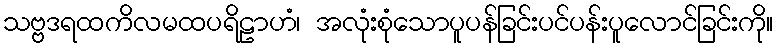
သဗ္ဗဒရထကိလမထပရိဠာဟံ၊ အလုံးစုံသောပူပန်ခြင်းပင်ပန်းပူလောင်ခြင်းကို။